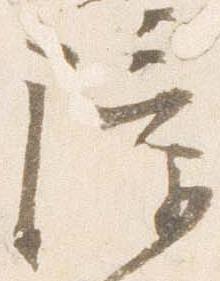
障